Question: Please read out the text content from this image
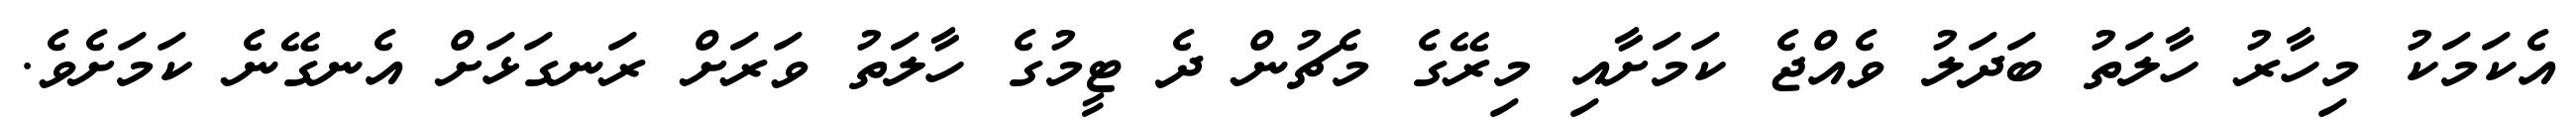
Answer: އެކަމަކު މިހާރު ހާލަތު ބަދަލު ވެއްޖެ ކަމަށާއި މިރޭގެ މެޗުން ދެ ޓީމުގެ ހާލަތު ވަރަށް ރަނގަޅަށް އެނގޭނެ ކަމަށެވެ.